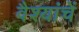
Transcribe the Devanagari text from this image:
वैश्यांचें